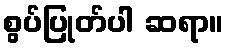
စွပ်ပြုတ်ပါ ဆရာ။